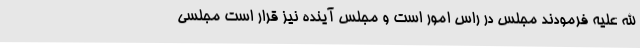
الله علیه فرمودند مجلس در راس امور است و مجلس آینده نیز قرار است مجلسی